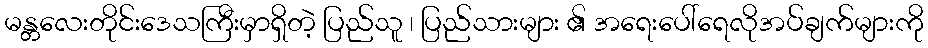
မန္တလေးတိုင်းဒေသကြီးမှာရှိတဲ့ ပြည်သူ ၊ ပြည်သားများ ၏ အရေးပေါ်ရေလိုအပ်ချက်များကို